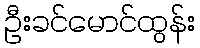
ဦးခင်မောင်ထွန်း